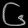
Digit: ၆